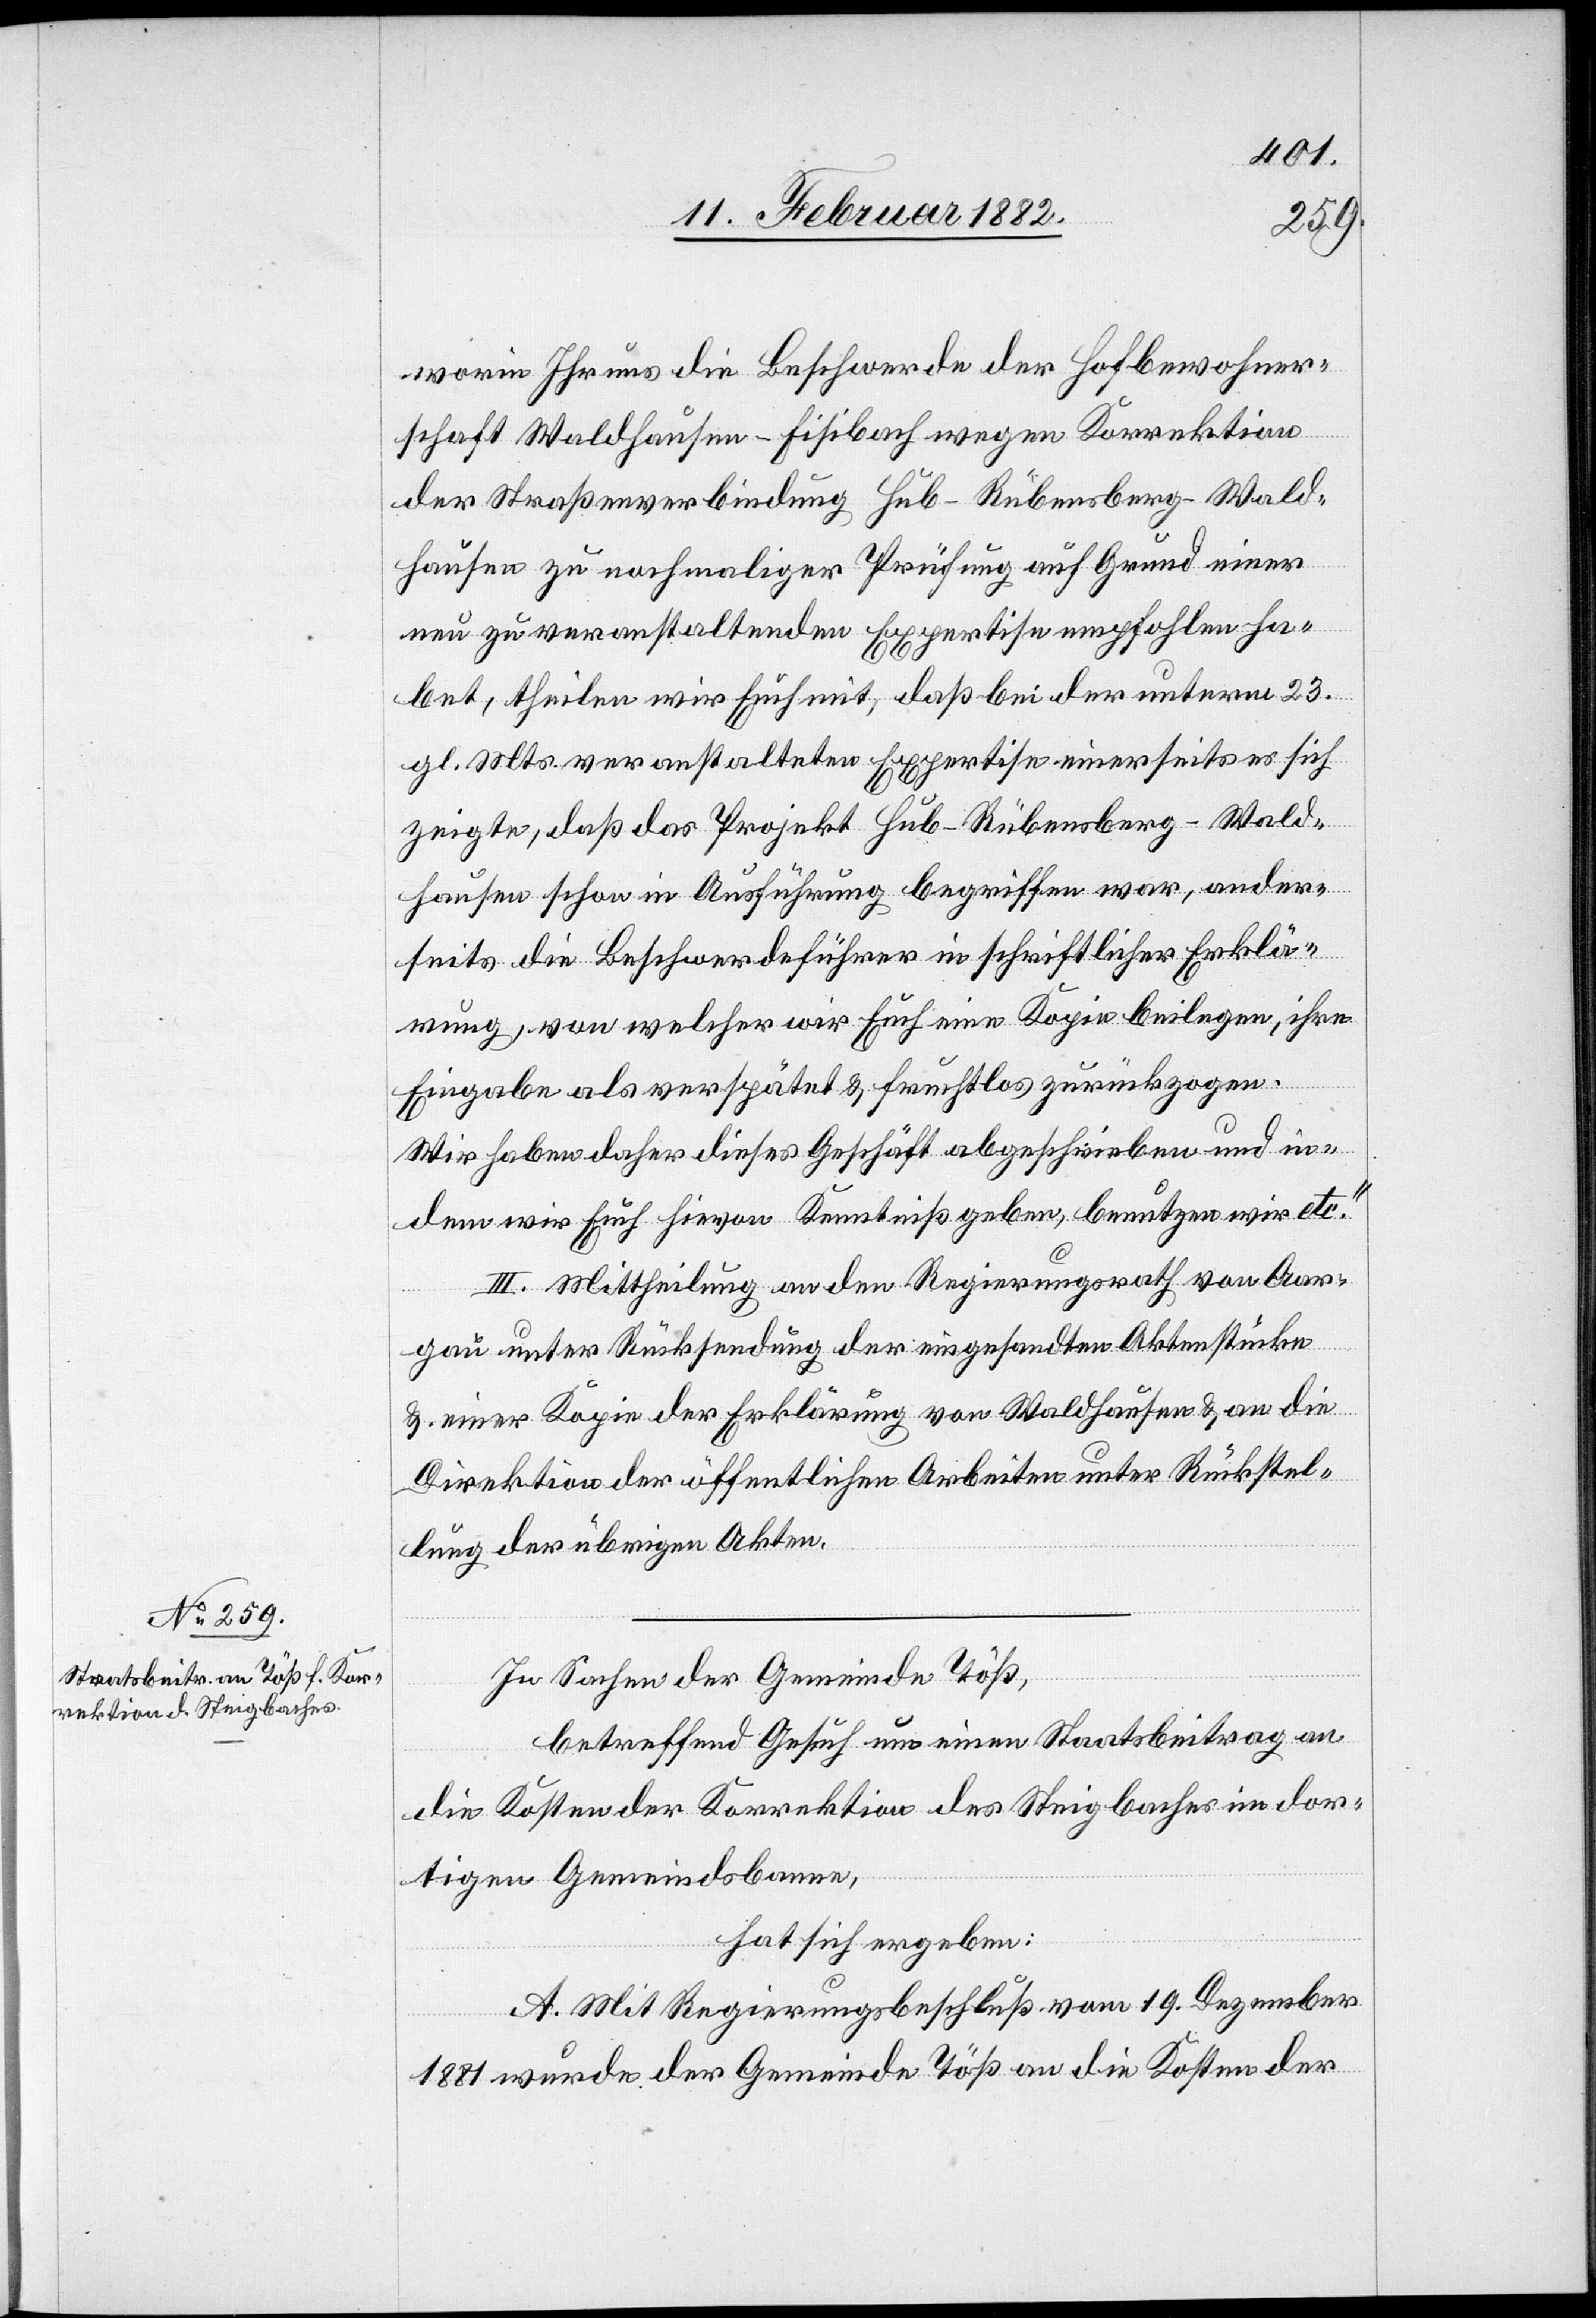
worin Ihr uns die Beschwerde der Hofbewohner¬
schaft Waldhausen - Fisibach wegen Korrektion
der Straßenverbindung Hub–Rübensberg–Wald¬
hausen zu nochmaliger Prüfung auf Grund einer
neu zu veranstaltenden Expertise empfohlen ha¬
bet, theilen wir Euch mit, daß bei der unteren 23.
gl. Mts. veranstaltenden Expertisen einerseits es sich
zeigte, daß das Projekt Hub–Rübensberg–Wald¬
hausen schon in Ausführung begriffen war, ander¬
seits die Beschwerdeführer in schriftlicher Erklä¬
rung, von welcher wir Euch eine Kopie beilegen, ihre
Eingabe als verspätet & fruchtlos zurückzogen.
Wir haben daher dieses Geschäft abgeschrieben und in¬
dem wir Euch hievon Kenntniß geben, benutzen wir etc.“
III. Mittheilung an den Regierungsrath von Aar¬
gau unter Rücksendung der eingesandten Aktenstücken
& eine Kopie der Erklärung von Waldhausen & an die
Direktion der öffentlichen Arbeiten unter Rückstel¬
lung der übrigen Akten.
In Sachen der Gemeinde Töß,
betreffend Gesuch um einen Staatsbeitrag an
die Kosten der Korrektion des Steigbaches im dor¬
tigen Gemeindsbanne,
hat sich ergeben:
A. Mit Regierungsbeschluß vom 19. Dezember
1881 wurde der Gemeinde Töß an die Kosten der